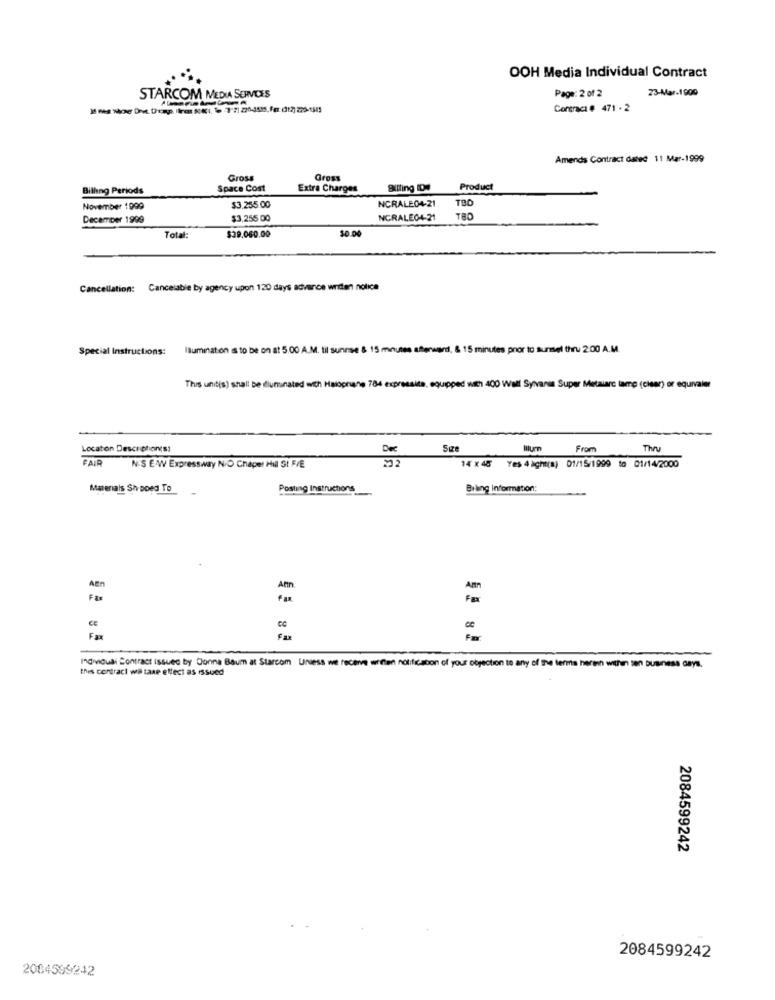
OOH Media Individual Contract
Page: 2 of 2
23-Mar-1900
STARCOM MEDIA SERVICES
Contract # 471 - 2
Amends Contract dated 11 Mar-1999
Gross
Gross
Billing Periods
Space Cost
Extra Charges
Billing De
Product
NCRALE04-21
TBD
November 1999
$3.255.00
December 1999
$3,255 00
NCRALE04-21
TBD
$0.00
Total
$39.060.00
Cancellation: Cancelable by agency upon 120 days advance writen nolica
Special Instructions:
Illumination a to be on at 5.00 A.M. til sunnse & 15 minutes afterward, & 15 minutes prior to sunset thru 2:00 A.M.
This unitis) shall be dluminated with Haiopniane 784 expressita, equipped with 400 Wall Sylvania Super Metalarc lamp (clear) or equivaler
Location Descrphones:
Dec
Size
From
Thru
FAIR
14 x 45
NES EW Expressway N/O Chapel Hill St F/E
Yes 4 acht(a) 01/15/1999 to 01/14/2000
Matenals Sh poed To
Posting Instructions
Biling Information:
AEn
Fax
Individuali Contract issued by Donna Baum at Starcom Unless we receive witten notificabon of your objection to any of the terms heren withen ten business days.
this contract wil taxe effect as issued
2084599242
2084599242
2084599242